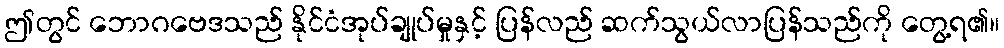
ဤတွင် ဘောဂဗေဒသည် နိုင်ငံအုပ်ချုပ်မှုနှင့် ပြန်လည် ဆက်သွယ်လာပြန်သည်ကို တွေ့ရ၏။